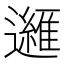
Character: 𲆆